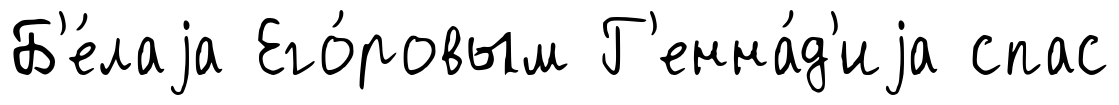
Б'е́лаjа Его́ровым Г'енна́д'иjа спас